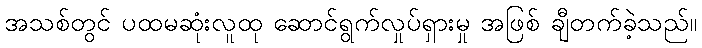
အသစ်တွင် ပထမဆုံးလူထု ဆောင်ရွက်လှုပ်ရှားမှု အဖြစ် ချီတက်ခဲ့သည်။